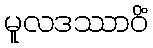
မူလဒဿာဝိံ